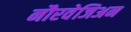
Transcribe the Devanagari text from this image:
नौरवेजिअन